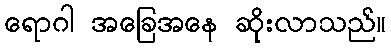
ရောဂါ အခြေအနေ ဆိုးလာသည်။